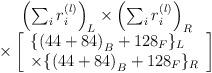
LaTeX: \begin{align*}\begin{array}{c}\left( \sum_ir_i^{(l)}\right) _L\times \left( \sum_ir_i^{(l)}\right) _R \\\times \left[\begin{array}{l}\{\left( 44+84\right) _B+128_F\}_L \\\times \{\left( 44+84\right) _B+128_F\}_R\end{array}\right]\end{array}\end{align*}